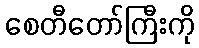
စေတီတော်ကြီးကို